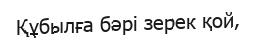
Құбылға бәрі зерек қой,